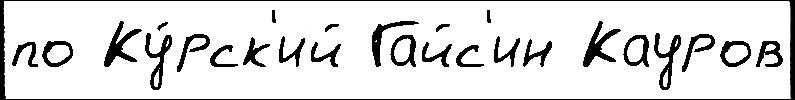
по Ку́рск'ий Гайс'ин Кауров